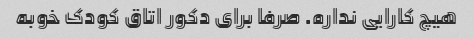
هیچ کارایی نداره. صرفا برای دکور اتاق کودک خوبه